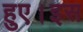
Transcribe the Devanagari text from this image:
हुए।इस